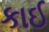
કાઈ